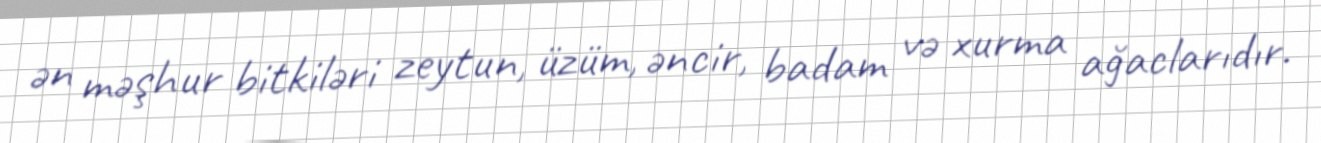
ən məşhur bitkiləri zeytun, üzüm, əncir, badam və xurma ağaclarıdır.